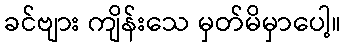
ခင်ဗျား ကျိန်းသေ မှတ်မိမှာပေါ့။